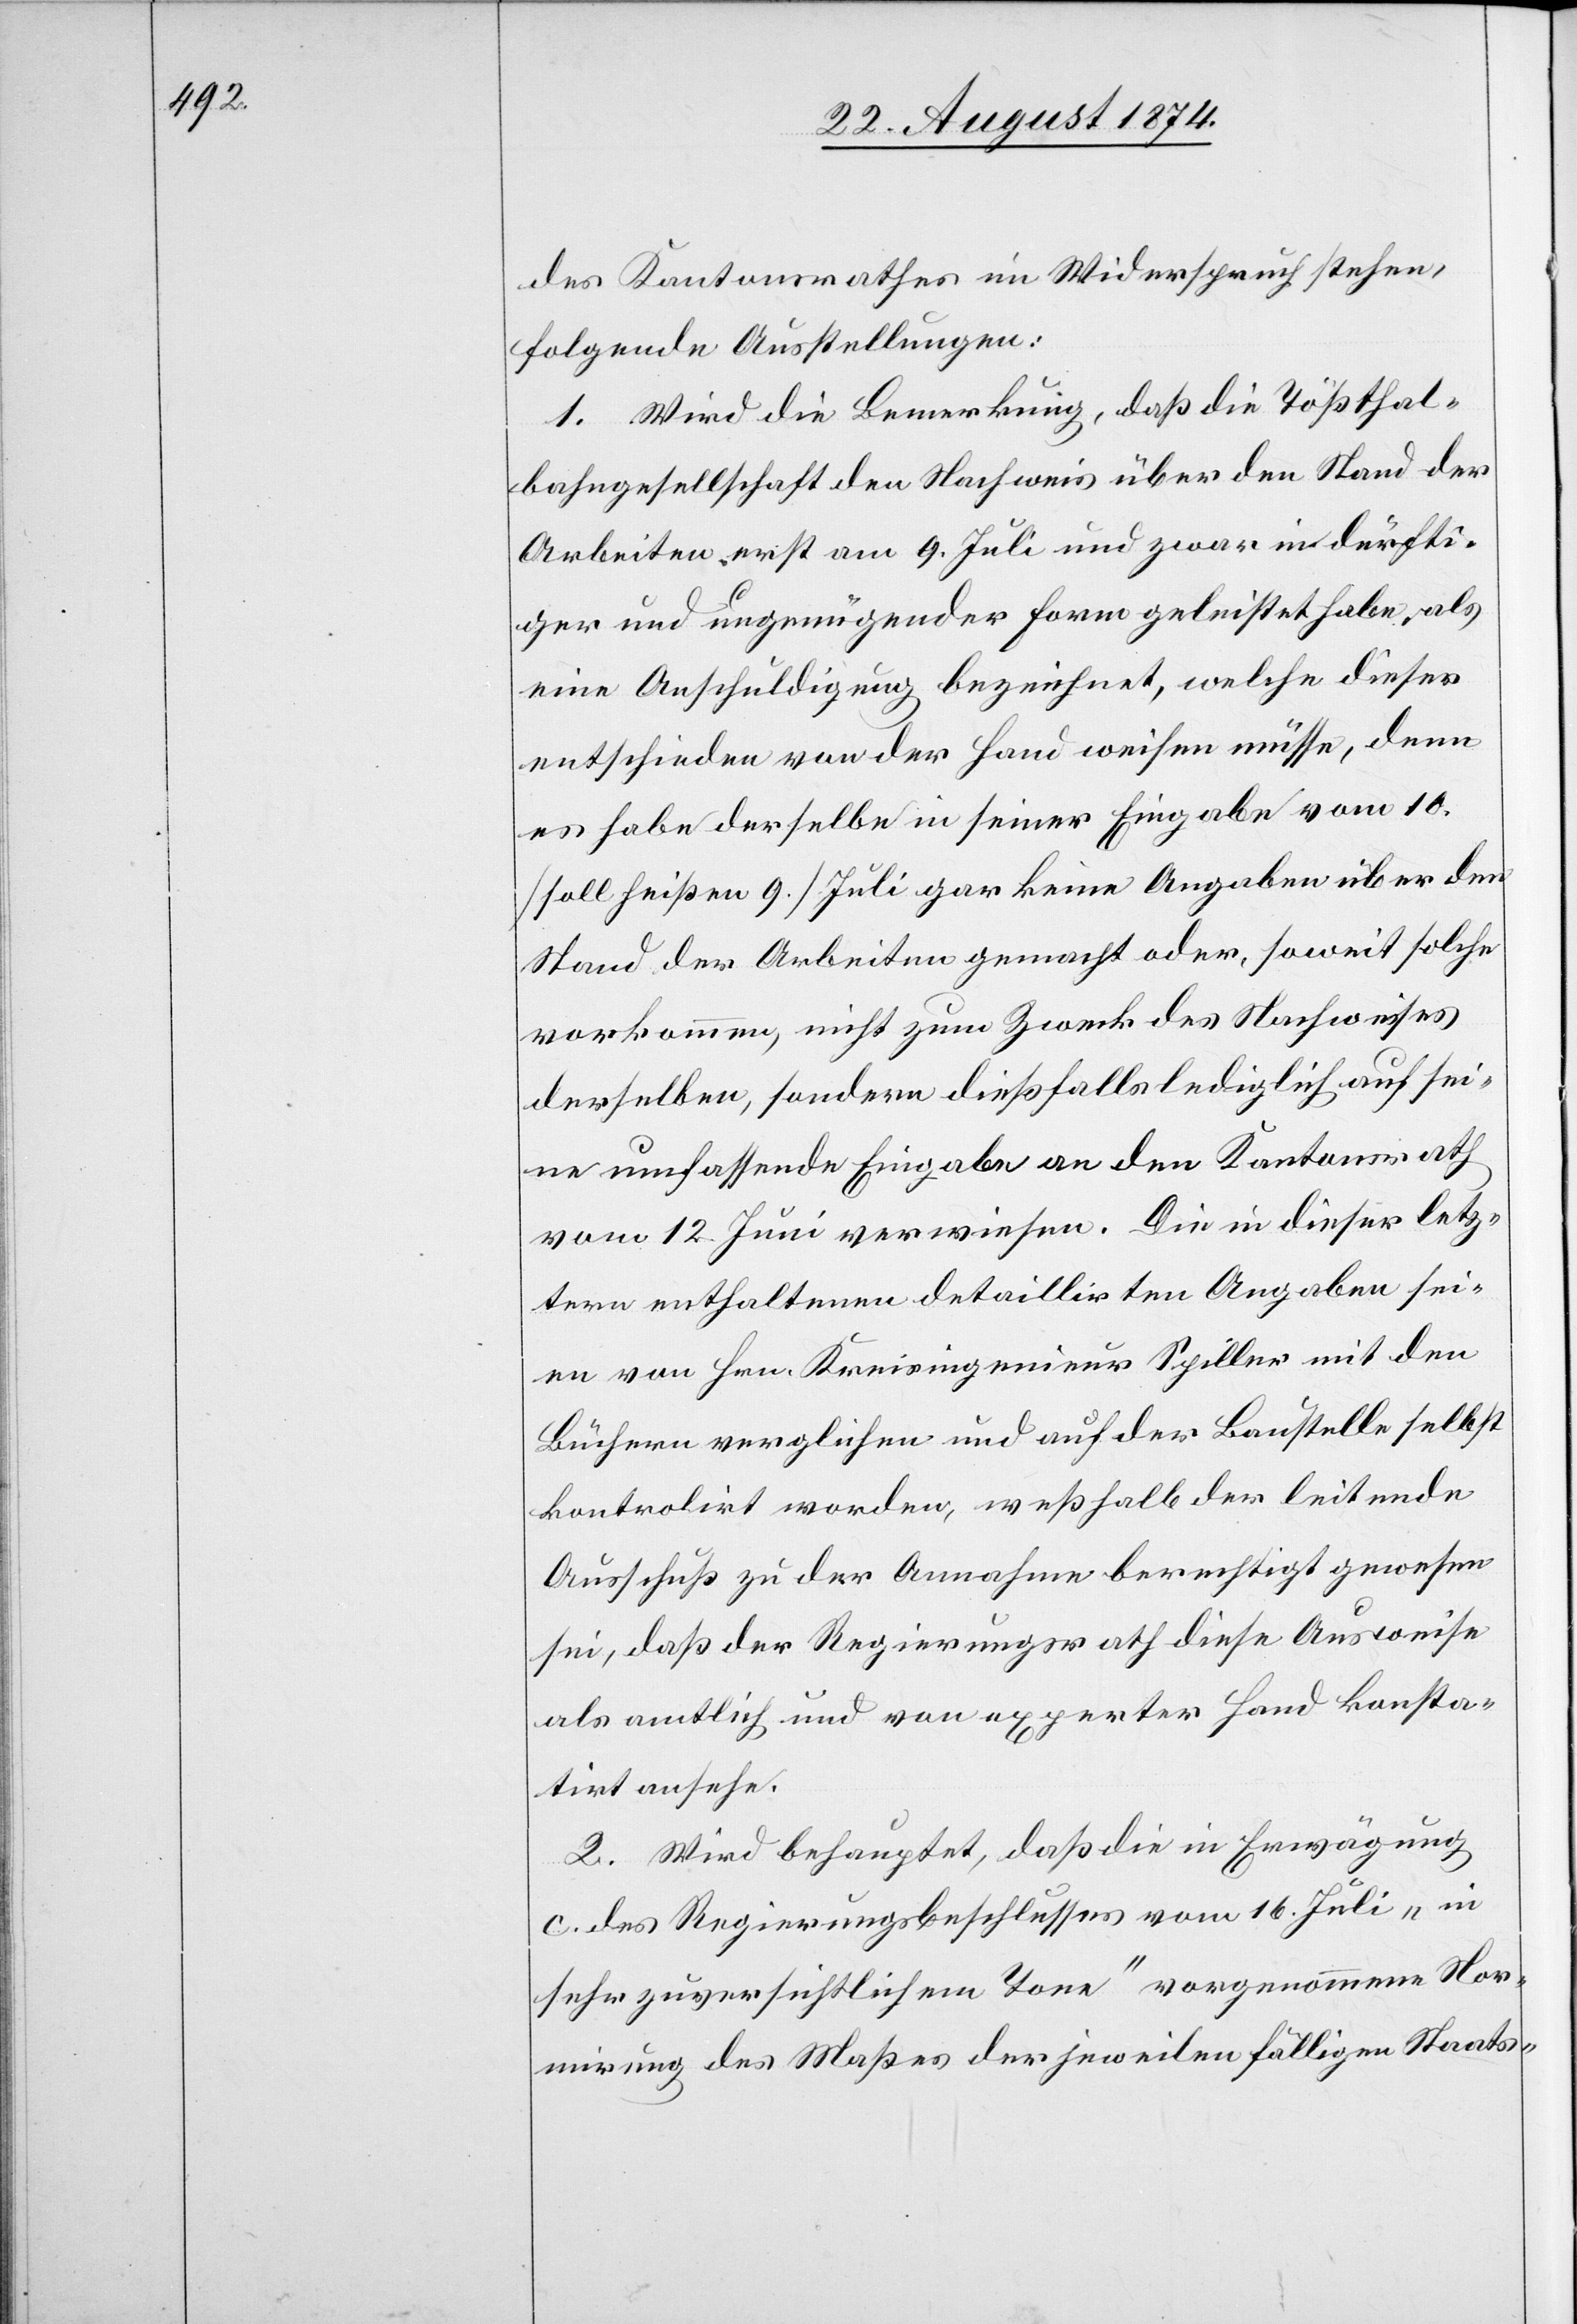
des Kantonsrathes im Widerspruch stehen,
folgende Ausstellungen:
1. Wird die Bemerkung, daß die Tößthal¬
bahngesellschaft den Nachweis über den Stand der
Arbeiten erst am 9. Juli und zwar in dürfti¬
ger und ungenügender Form geleistet habe, als
eine Anschuldigung bezeichnet, welche dieser
entschieden von der Hand weisen müsse, denn
es habe derselbe in seiner Eingabe vom 10.
[soll heißen 9.] Juli gar keine Angaben über den
Stand der Arbeiten gemacht oder, soweit solche
vorkommen, nicht zum Zweck des Nachweises
derselben, sondern dießfalls lediglich auf sei¬
ne umfassende Eingabe an den Kantonsrath
vom 12. Juni verwiesen. Die in dieser letz¬
tern enthaltenen detaillirten Angaben sei¬
en von Hrn. Kreisingenieur Spiller mit den
Büchern verglichen und auf der Baustelle selbst
kontrolirt worden, weßhalb der leitende
Ausschuß zu der Annahme berechtigt gewesen
sei, daß der Regierungsrath diese Ausweise
als amtlich und von experter Hand konsta¬
tirt ansehe.
2. Wird behauptet, daß die in Erwägung
c. des Regierungsbeschlusses vom 16. Juli „in
sehr zuversichtlichem Tone“ vorgenommene Nor¬
mirung des Maßes der jeweilen fälligen Staats-